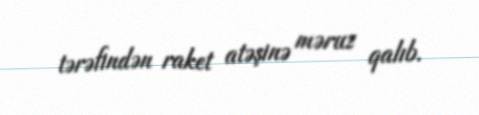
tərəfindən raket atəşinə məruz qalıb.